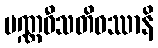
ပဏ္ဏဝီသတိဝဿာနိ